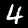
Label: 4